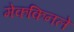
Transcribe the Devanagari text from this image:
मेककिनले